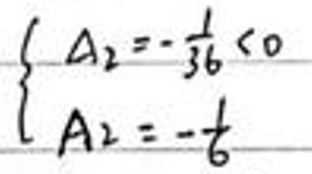
\begin{cases}
A_2 = -\frac{1}{36} < 0 \\
A_2 = -\frac{1}{6}
\end{cases}